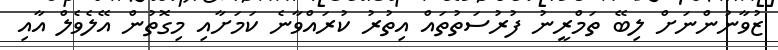
ޒުވާނުންނަށް ލިބޭ ތަމްރީނު ފުރުސަތުތައް އިތުރު ކުރައްވާނެ ކަމަށާއި މިގޮތުން އޭލެވެލް އާއި